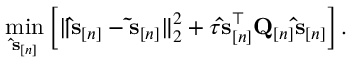
\operatorname* { m i n } _ { \ensuremath { \mathbf { \hat { s } } } _ { [ n ] } } \left[ \| \ensuremath { \mathbf { \hat { s } } } _ { [ n ] } - \ensuremath { \mathbf { \tilde { s } } } _ { [ n ] } \| _ { 2 } ^ { 2 } + \tau \ensuremath { \mathbf { \hat { s } } } _ { [ n ] } ^ { \top } \mathbf Q _ { [ n ] } \ensuremath { \mathbf { \hat { s } } } _ { [ n ] } \right] .